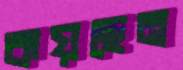
কয়ছেন